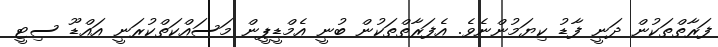
ފަރާތްތަކުން ދަނީ ފާޑު ކިޔަމުންނެވެ. އެފަރާތްތަކުން ބުނީ އެމްޑީޕީން މަސައްކަތްކުރަނީ އައްޑޫ ސިޓީ